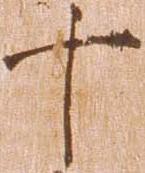
十